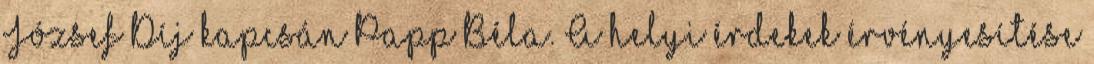
József Díj kapcsán Papp Béla. A helyi érdekek érvényesítése